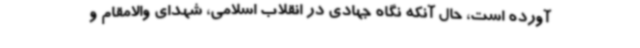
آورده است، حال آنکه نگاه جهادی در انقلاب اسلامی، شهدای والامقام و